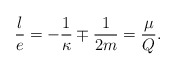
\begin{align*}\frac{l}{e} = - \frac{1}{\kappa} \mp \frac{1}{2m} = \frac{\mu}{Q}.\end{align*}